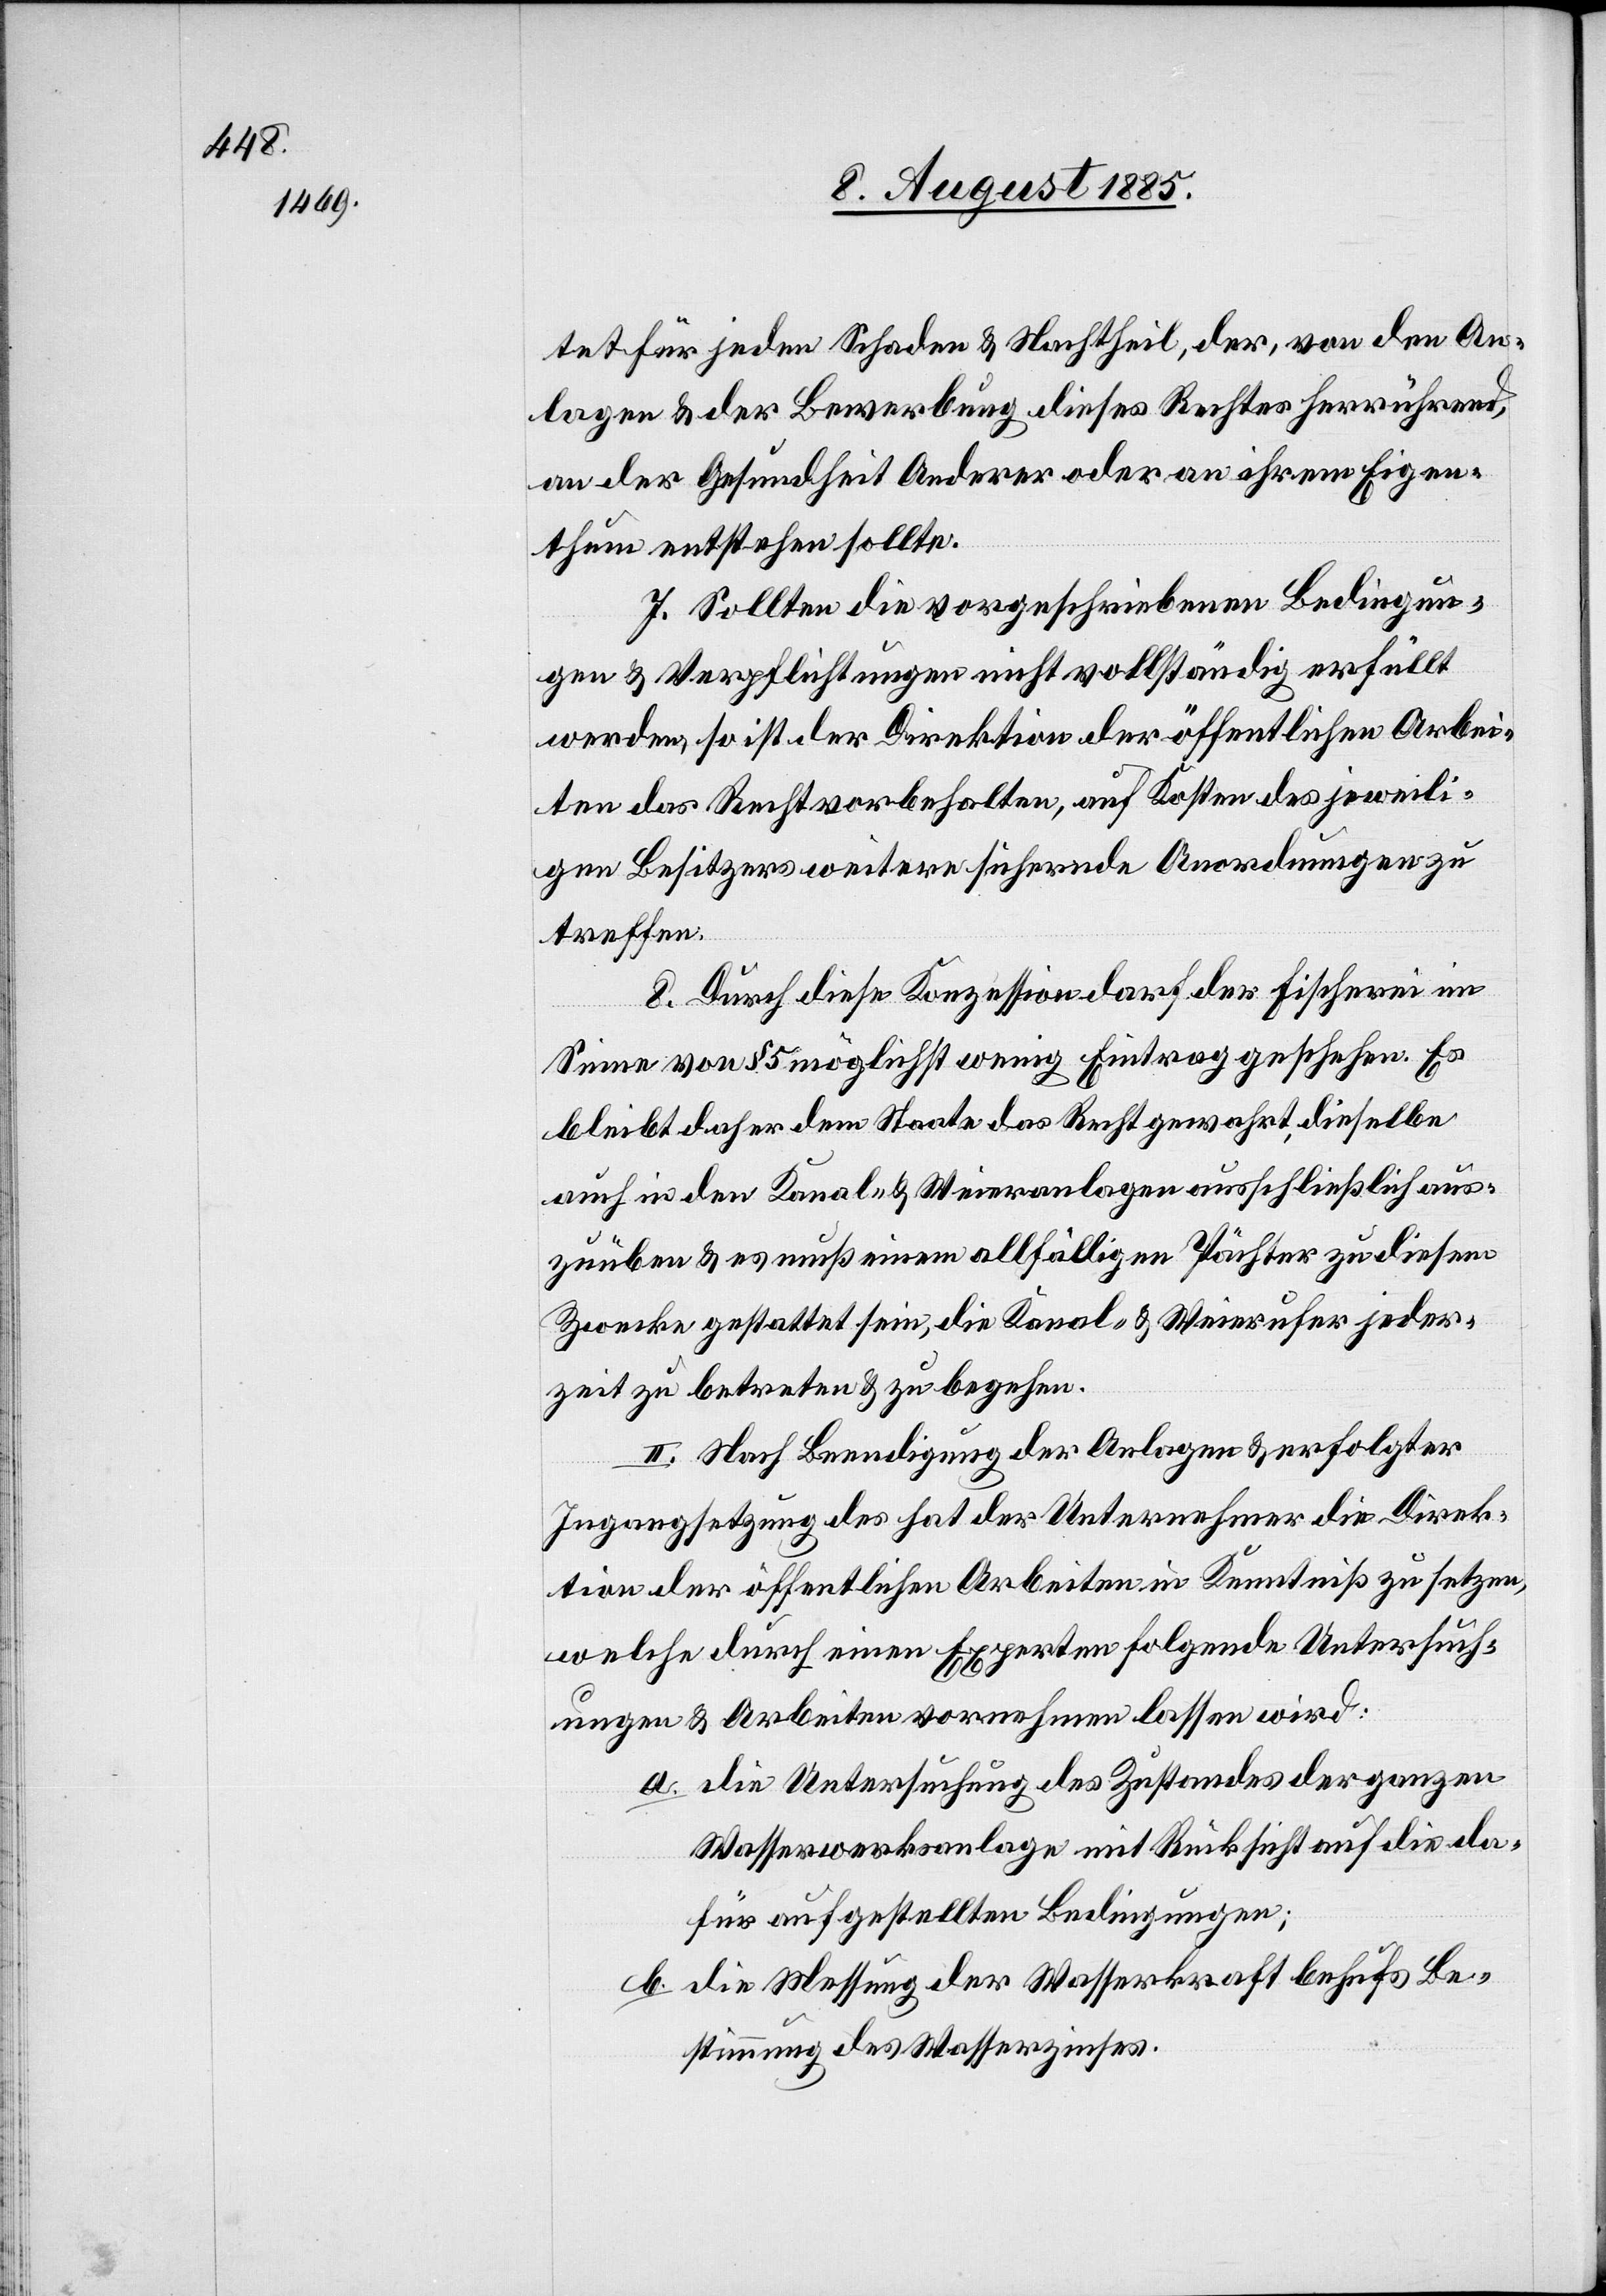
tet für jeden Schaden & Nachtheil, der von den An¬
lagen & der Bewerbung dieses Rechtes herrührend,
an der Gesundheit Anderer oder an ihrem Eigen¬
thum entstehen sollte.
7. Sollten die vorgeschriebenen Bedingun¬
gen & Verpflichtungen nicht vollständig erfüllt
werden, so ist der Direktion der öffentlichen Arbei¬
ten das Recht vorbehalten, auf Kosten des jeweili¬
gen Besitzers weitere sichernde Anordnungen zu
treffen.
8. Durch diese Konzession darf der Fischerei im
Sinne von § 5 möglichst wenig Eintrag geschehen. Es
bleibt daher dem Staate das Recht gewahrt, dieselbe
auch in den Kanal- & Weieranlagen ausschließlich aus¬
zuüben & es muß einem allfälligen Pächter zu diesem
Zwecke gestattet sein, die Kanal- & Weierufer jeder¬
zeit zu betreten & zu begehen.
II. Nach Beendigung der Anlagen & erfolgter
tion der öffentlichen Arbeiten in Kenntniß zu setzen,
welche durch einen Experten folgende Untersuch¬
ungen & Arbeiten vornehmen lassen wird.
die Untersuchung des Zustandes der ganzen
Direk¬
Wasserwerksanlage mit Rücksicht auf die da¬
für aufgestellten Bedingungen;
b. die Messung der Wasserkraft behufs Be¬
stimmung des Wasserzinses.